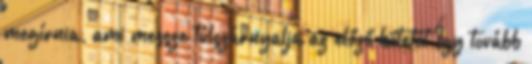
megírnia, ami messze túlszárnyalja az előző kötetét Így tovább